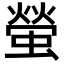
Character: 螢